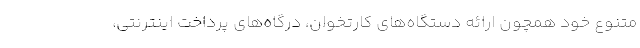
متنوع خود همچون ارائه دستگاه‌های کارتخوان، درگاه‌های پرداخت اینترنتی،